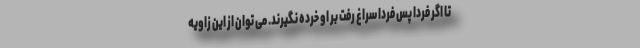
تا اگر فردا پس فردا سراغ رفت بر او خُرده نگیرند. می توان از این زاویه